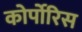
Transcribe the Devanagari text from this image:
कोर्पोरिस